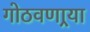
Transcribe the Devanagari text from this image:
गोठवणार्‍या